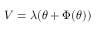
V = \lambda ( \theta + \Phi ( \theta ) )